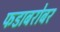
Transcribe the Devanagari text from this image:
फडाबरोबर